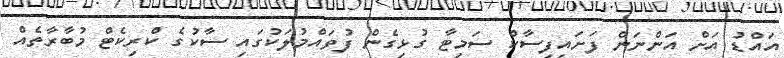
އައްޑު އަށް އަންނަން ފަށައިފިސާކް ސަމިޓާ ގުޅިގެން ފުވައްމުލަކުގައި ސާކުގެ ކްރިކެޓް މުބާރާތެއް